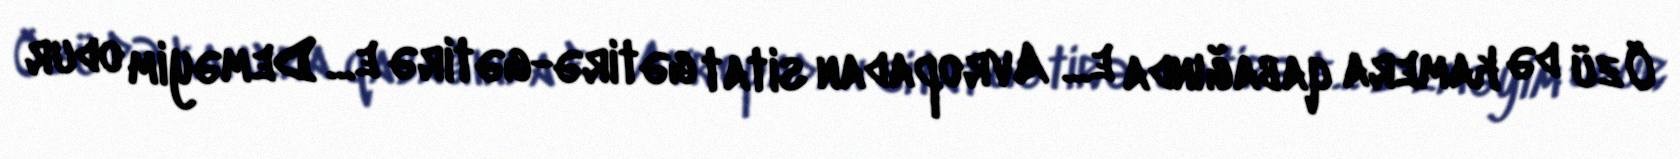
Özü də kamera qabağında e... Avropadan sitat gətirə-gətirə e... Deməyim odur